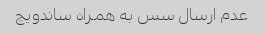
عدم ارسال سس به همراه ساندویچ